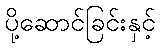
ပို့ဆောင်ခြင်းနှင့်